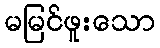
မမြင်ဖူးသော